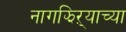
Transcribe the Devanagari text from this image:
नागझिऱ्याच्या